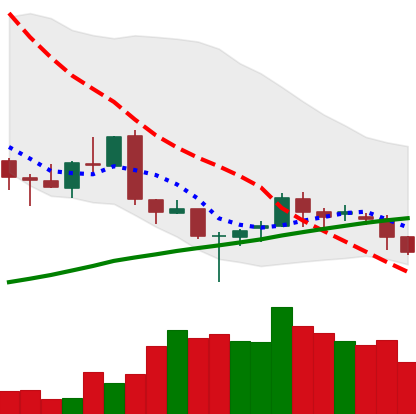
Ticker: LINK-USD
Chart end date: 2018-03-27
Forward return: -23.654%
Label: down_7plus